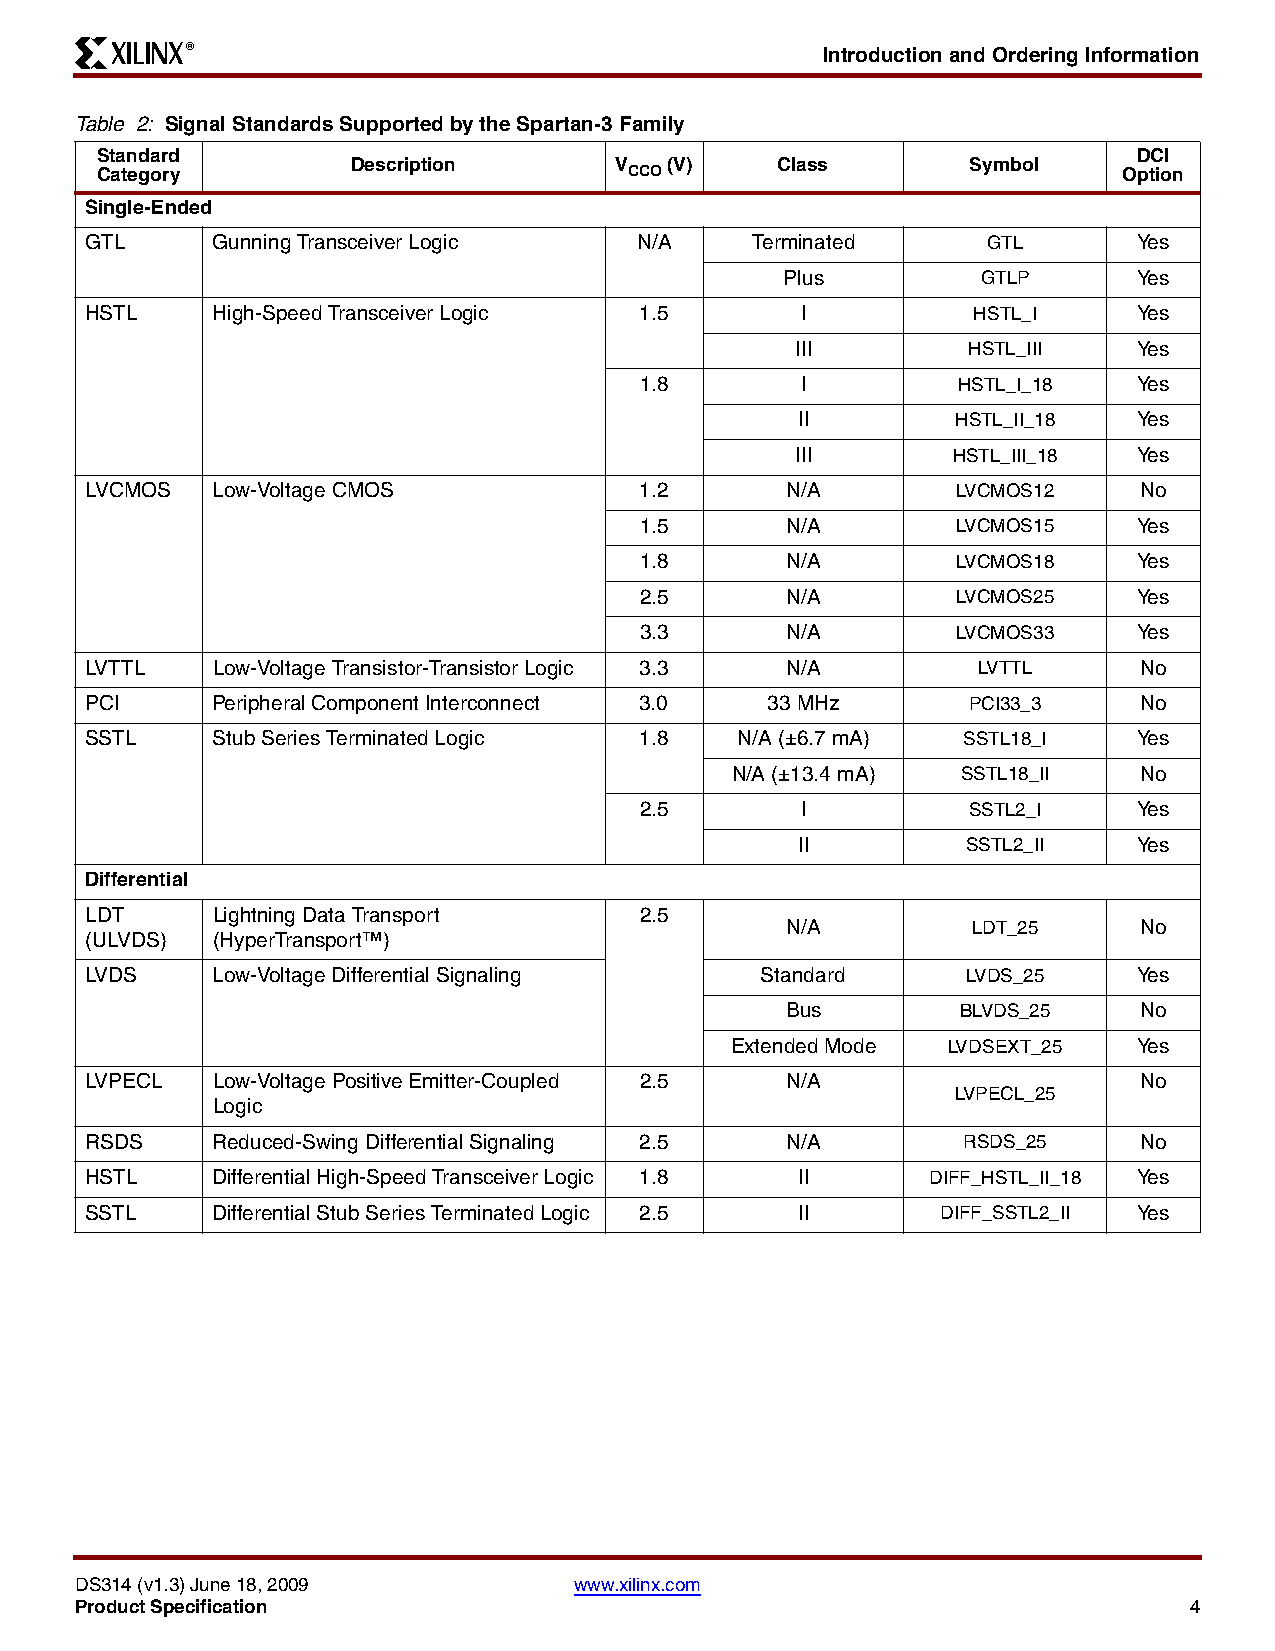
R                                         Introduction and Ordering Information
 Table 2: Signal Standards Supported by the Spartan-3 Family
 Standard                                                             DCI
 Description       V  (V)     Class       Symbol
 Category                            CCO                             Option
 Single-Ended
 GTL     Gunning Transceiver Logic   N/A     Terminated     GTL       Yes
 Plus         GTLP      Yes
 HSTL    High-Speed Transceiver Logic 1.5       I          HSTL_I     Yes
 III        HSTL_III   Yes
 1.8        I         HSTL_I_18   Yes
 II        HSTL_II_18  Yes
 III       HSTL_III_18 Yes
 LVCMOS  Low-Voltage CMOS            1.2       N/A        LVCMOS12    No
 1.5       N/A        LVCMOS15    Yes
 1.8       N/A        LVCMOS18    Yes
 2.5       N/A        LVCMOS25    Yes
 3.3       N/A        LVCMOS33    Yes
 LVTTL   Low-Voltage Transistor-Transistor Logic 3.3 N/A    LVTTL     No
 PCI     Peripheral Component Interconnect 3.0 33 MHz      PCI33_3    No
 SSTL    Stub Series Terminated Logic 1.8   N/A (±6.7 mA)  SSTL18_I   Yes
 N/A (±13.4 mA)  SSTL18_II  No
 2.5        I          SSTL2_I    Yes
 II         SSTL2_II   Yes
 Differential
 LDT     Lightning Data Transport    2.5
 N/A         LDT_25     No
 (ULVDS) (HyperTransport™)
 LVDS    Low-Voltage Differential Signaling  Standard      LVDS_25    Yes
 Bus         BLVDS_25   No
 Extended Mode  LVDSEXT_25  Yes
 LVPECL  Low-Voltage Positive Emitter-Coupled 2.5 N/A                 No
 LVPECL_25
 Logic
 RSDS    Reduced-Swing Differential Signaling 2.5 N/A      RSDS_25    No
 HSTL    Differential High-Speed Transceiver Logic 1.8 II DIFF_HSTL_II_18 Yes
 SSTL    Differential Stub Series Terminated Logic 2.5 II DIFF_SSTL2_II Yes
 DS314 (v1.3) June 18, 2009       www.xilinx.com
 Product Specification                                                     4